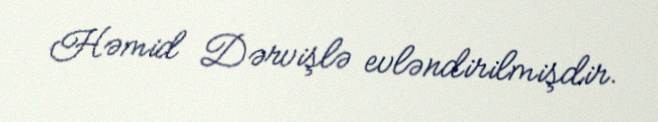
Həmid Dərvişlə evləndirilmişdir.